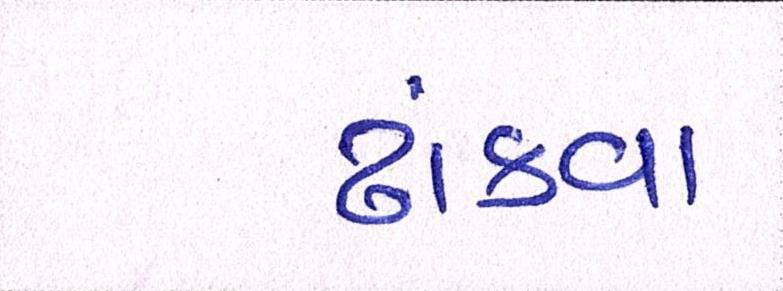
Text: ઢાંકવા